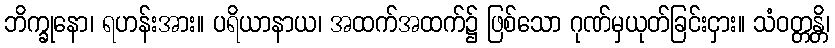
ဘိက္ခုနော၊ ရဟန်းအား။ ပရိယာနာယ၊ အထက်အထက်၌ ဖြစ်သော ဂုဏ်မှယုတ်ခြင်းငှား။ သံဝတ္တန္တိ၊